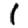
Digit: 1